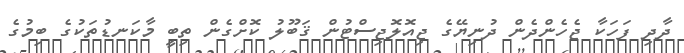
ދާދި ފަހަކާ ޖެހެންދެން ދުނިޔޭގެ ޖިއޮލޮޖިސްޓުން ޤަބޫލު ކޮށްގެން ތިބީ މާކަނޑުތަކުގެ ބިމުގެ